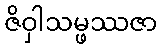
ဇိဝှါသမ္ဖဿဇာ